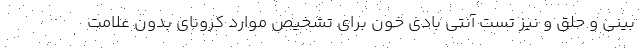
بینی و حلق و نیز تست آنتی بادی خون برای تشخیص موارد کرونای بدون علامت